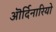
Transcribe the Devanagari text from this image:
ऒर्दिनारियो